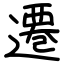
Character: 遷